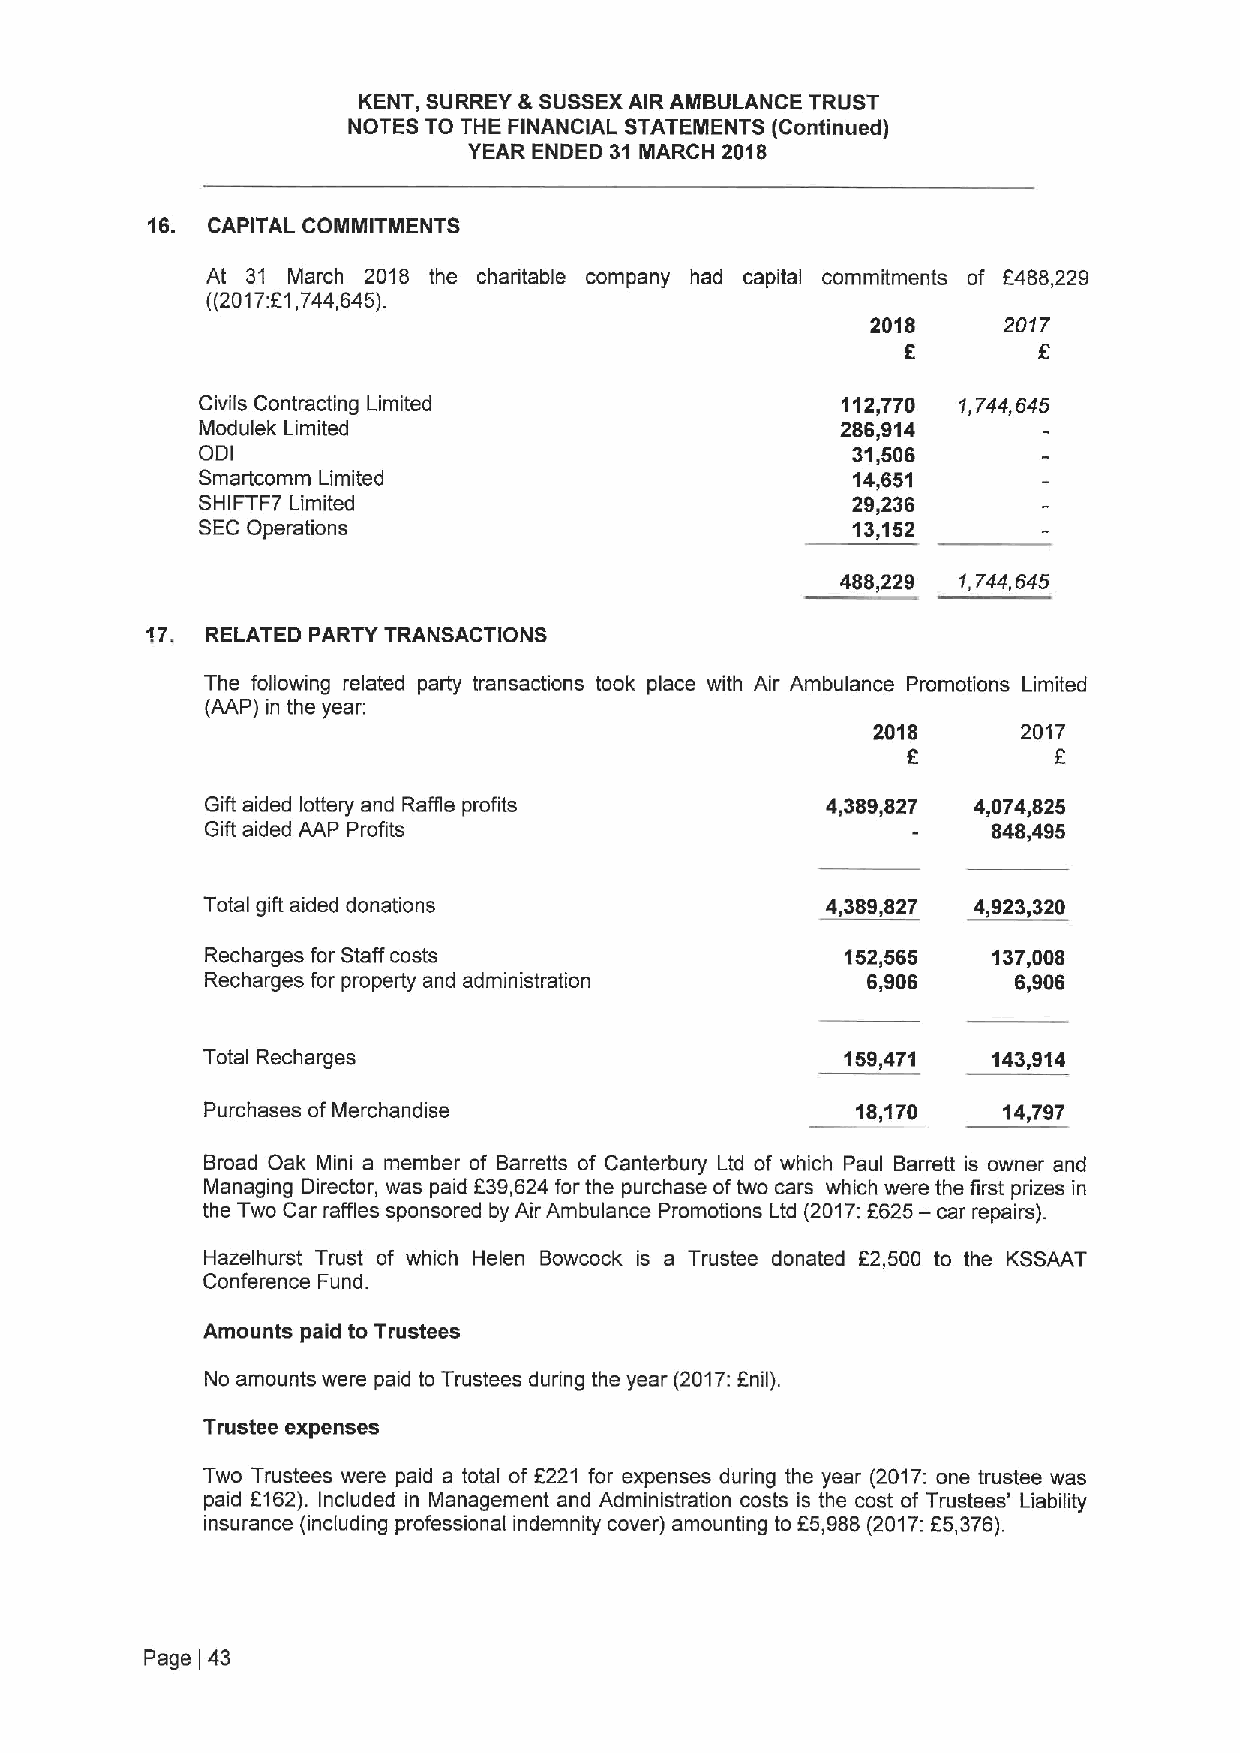
KENT, SURREY &SUSSEXAIR AMBULANCE TRUST
 NOTES TO THE FINANCIAL STATEMENTS (Continued)
 YEAR ENDED 31 MARCH 2018
 16. CAPITAL COMMITMENTS
 At 31 March 2018 the charitable company had capital commitments of f468,229
 ((2017:E1,744,645).
 2018    2017
 6
 Civils Contracting Limited                 112,770 1,744,645
 Modulek Limited                            286,914
 ODI                                        31,506
 Smartcomm Limited                          14,651
 SHIFTF7 Limited                            29,236
 SECOperations                              13,152
 488,229 1,744,645
 17. RELATED PARTY TRANSACTIONS
 The following related party transactions took place with Air Ambulance Promotions Limited
 (AAP) in the year:
 2018      2017
 6         F
 Gift aided lottery and Raffle profits    4,389,827 4„0748,25
 Gift aided AAP Profits                              848,495
 Total gift aided donations                4,389,827 4,923,320
 Recharges for Staff costs                 152„565   137,008
 Recharges for property and administration  6,906     6,906
 Total Recharges                            159,471   143,914
 Purchases ofMerchandise                    18,170   14,797
 Broad Oak Mini a member of Barretts of Canterbury Ltd of which Paul Barrett is owner and
 Managing Director, was paid 839,624 for the purchase oftwo cars which were the first prizes in
 the Two Car raffles sponsored by Air Ambulance Prornotions Ltd (2017;F625— car repairs).
 Hazelhurst Trust of which Helen Bowcock is a Trustee donated 62,500 to the KSSAAT
 Conference Fund.
 Amounts paid to Trustees
 No amounts were paid to Trustees during the year (2017:anil).
 Trustee expenses
 Two Trustees were paid a total of F221 for expenses during the year (2017:one trustee was
 paid 2162). Included in Management and Administration costs is the cost of Trustees' Liability
 insurance (including professional indemnity cover) amounting to 65,988(2017:F5,376).
 Page 43
 I